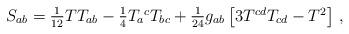
LaTeX: \begin{align*}S_{ab} = \textstyle{1\over12}T T_{ab}-\textstyle{1\over4}T_a{}^c T_{bc}+\textstyle{1\over24}g_{ab}\left[3T^{cd}T_{cd}-T^2\right] \,, \end{align*}